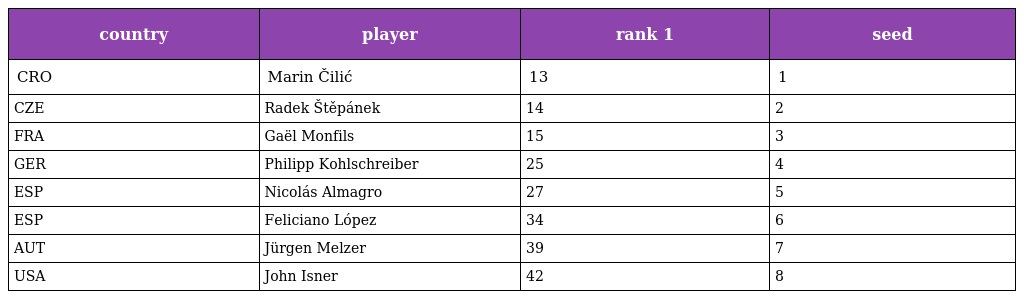
| country | player | rank 1 | seed |
 | --- | --- | --- | --- |
 | CRO | Marin Čilić | 13 | 1 |
 | CZE | Radek Štěpánek | 14 | 2 |
 | FRA | Gaël Monfils | 15 | 3 |
 | GER | Philipp Kohlschreiber | 25 | 4 |
 | ESP | Nicolás Almagro | 27 | 5 |
 | ESP | Feliciano López | 34 | 6 |
 | AUT | Jürgen Melzer | 39 | 7 |
 | USA | John Isner | 42 | 8 |